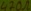
Text: 470Ω